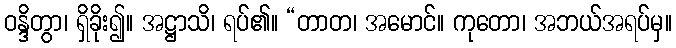
ဝန္ဒိတွာ၊ ရှိခိုး၍။ အဋ္ဌာသိ၊ ရပ်၏။ “တာတ၊ အမောင်။ ကုတော၊ အဘယ်အရပ်မှ။